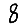
Digit: 8